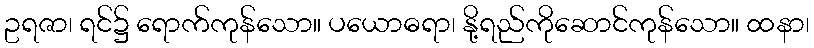
ဥရဇာ၊ ရင်၌ ရောက်ကုန်သော။ ပယောဓရာ၊ နို့ရည်ကိုဆောင်ကုန်သော။ ထနာ၊